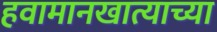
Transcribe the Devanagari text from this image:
हवामानखात्याच्या